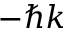
- \hbar k